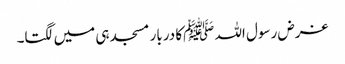
غرض رسول اللہ ﷺکا دربار مسجد ہی میں لگتا۔